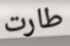
طارت